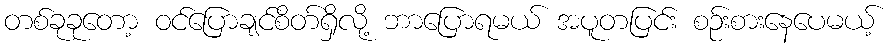
တစ်ခုခုတော့ ဝင်ပြောချင်စိတ်ရှိလို့ ဘာပြောရမယ် အပူတပြင်း စဉ်းစားနေပေမယ့်